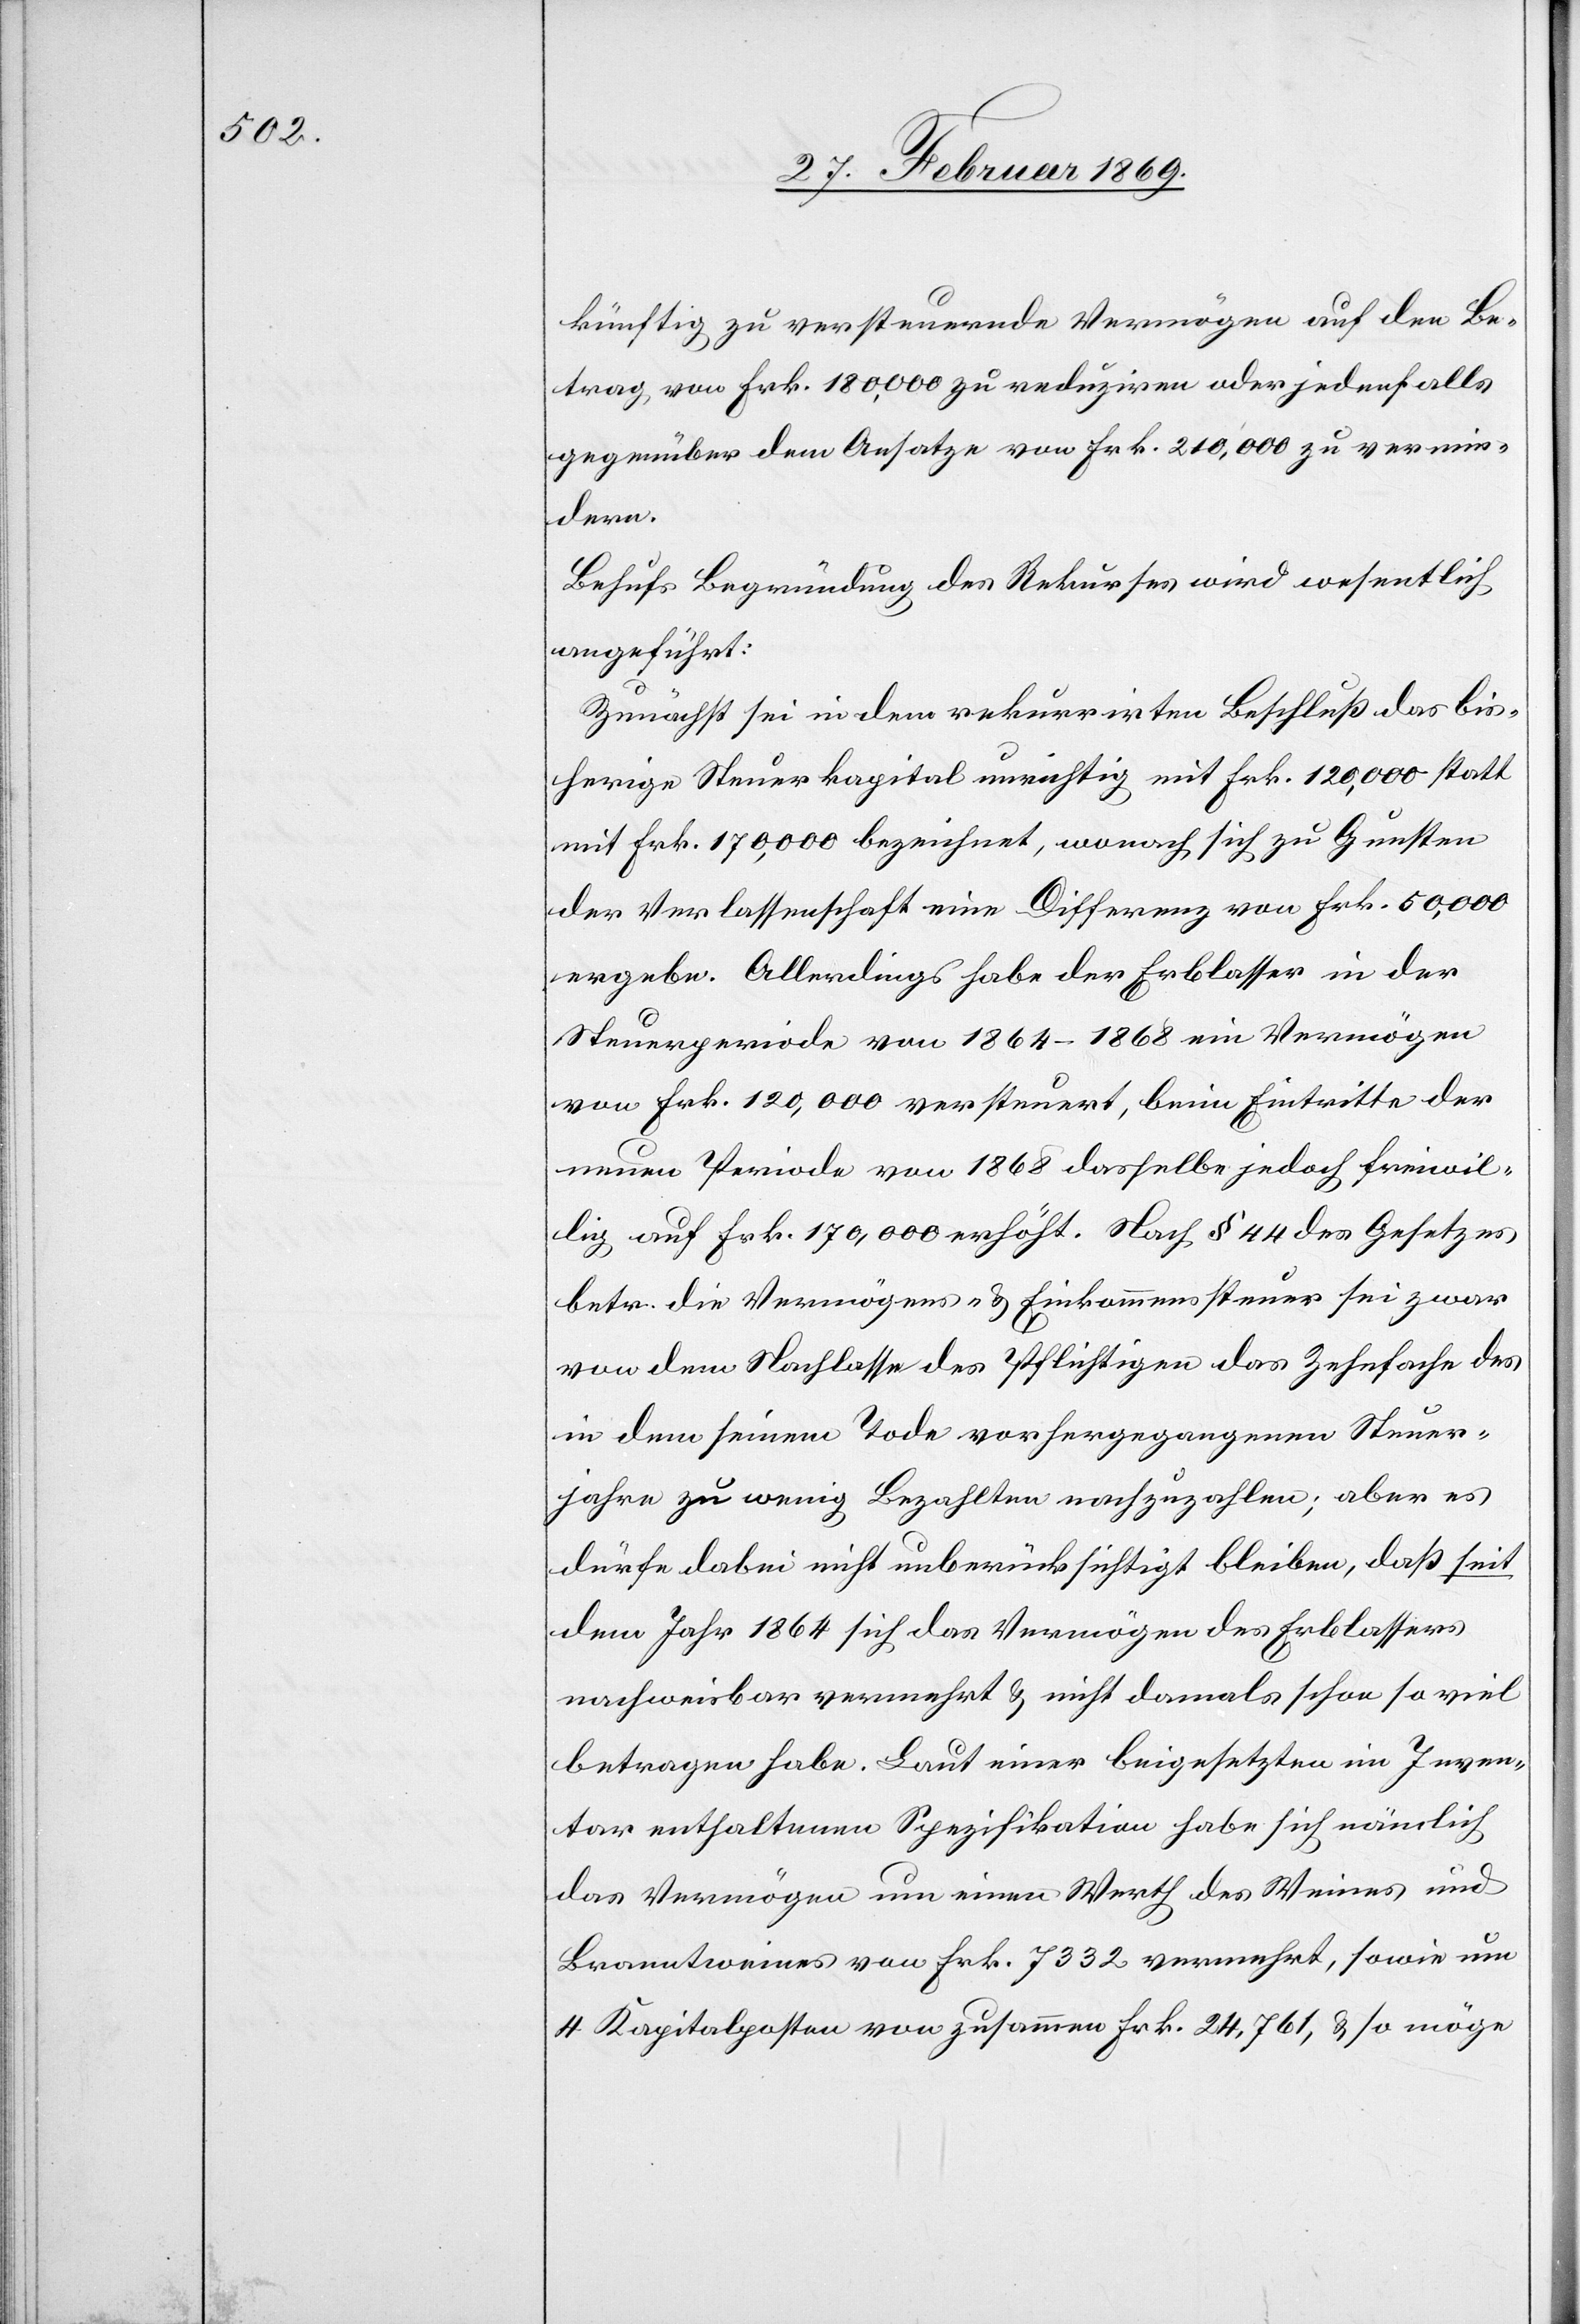
künftig zu versteuernde Vermögen auf den Be¬
trag von Frk. 180,000 zu reduziren oder jedenfalls
gegenüber dem Ansatze von Frk. 210,000 zu vermin¬
dern.
Behufs Begründung des Rekurses wird wesentlich
angeführt:
Zunächst sei in dem rekurrirten Beschluß das bis¬
herige Steuerkapital unrichtig mit Frk. 120,000 statt
mit Frk. 170,000 bezeichnet, wonach sich zu Gunsten
der Verlassenschaft eine Differenz von Frk. 50,000
ergebe. Allerdings habe der Erblasser in der
Steuerperiode von 1864–1868 ein Vermögen
von Frk. 120,000 versteuert, beim Eintritte der
neuen Periode von 1868 dasselbe jedoch freiwil¬
lig auf Frk. 170,000 erhöht. Nach § 44 des Gesetzes
betr. die Vermögens- & Einkommenssteuer sei zwar
von dem Nachlasse des Pflichtigen das Zehnfache des
in dem seinem Tode vorhergegangenen Steuer¬
jahre zu wenig Bezahlten nachzuzahlen; aber es
dürfe dabei nicht unberücksichtigt bleiben, daß seit
dem Jahr 1864 sich das Vermögen des Erblassers
nachweisbar vermehrt & nicht damals schon so viel
betragen habe. Laut einer beigesetzten im Inven¬
tar enthaltenen Spezifikation habe sich nämlich
das Vermögen um einen Werth des Weines und
Branntweines von Frk. 7332 vermehrt, sowie um
4 Kapitalposten von zusammen Frk. 24,761, & so möge